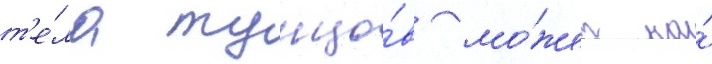
т'е́ла тунцо́в мо́жет на́